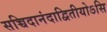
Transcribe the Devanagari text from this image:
सच्चिदानंदाद्वितीयोऽसि